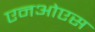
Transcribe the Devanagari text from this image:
एनओएस